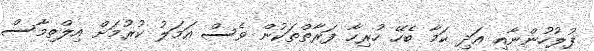
ފުލުހުންނާއި އަދި ކަމާ ބެހޭ ހުރިހާ ފަރާތްތަކުން ވެސް އަމަލު ކުރުމަށް އިލްތިމާސް